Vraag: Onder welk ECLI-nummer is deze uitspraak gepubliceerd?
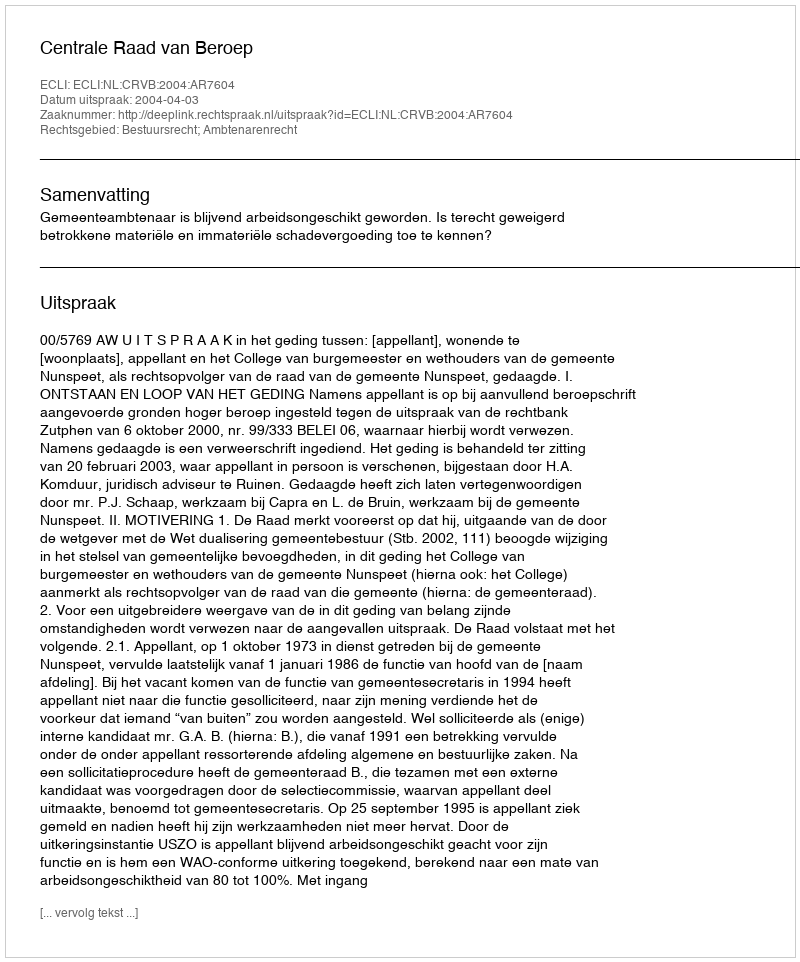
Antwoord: ECLI:NL:CRVB:2004:AR7604